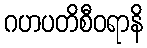
ဂဟပတိစီဝရာနိ